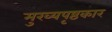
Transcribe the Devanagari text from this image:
मुख्यपृष्ठकार